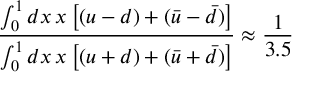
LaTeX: \frac { \int _ { 0 } ^ { 1 } d x \, x \left[ ( u - d ) + ( \bar { u } - \bar { d } ) \right] } { \int _ { 0 } ^ { 1 } d x \, x \left[ ( u + d ) + ( \bar { u } + \bar { d } ) \right] } \approx \frac { 1 } { 3 . 5 }